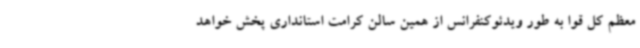
معظم کل قوا به طور ویدئوکنفرانس از همین سالن کرامت استانداری پخش خواهد